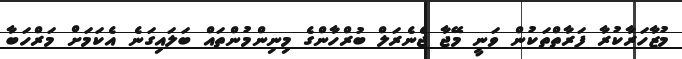
މުޒާހަރާކުރާ ފަރާތްތަކުން ވަނީ މޭޖާ ޖެނެރަލް ބުރްހާންގެ މިނިންމުންތައް ބަލައިގަނެ އެކަމަށް މަރްހަބާ